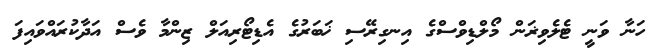
ހަނާ ވަނީ ޓެލެވިޜަން މޯލްޑިވްސްގެ އިނގިރޭސި ޚަބަރުގެ އެޑިޓޯރިއަލް ޒިންމާ ވެސް އަދާކުރައްވައިފަ